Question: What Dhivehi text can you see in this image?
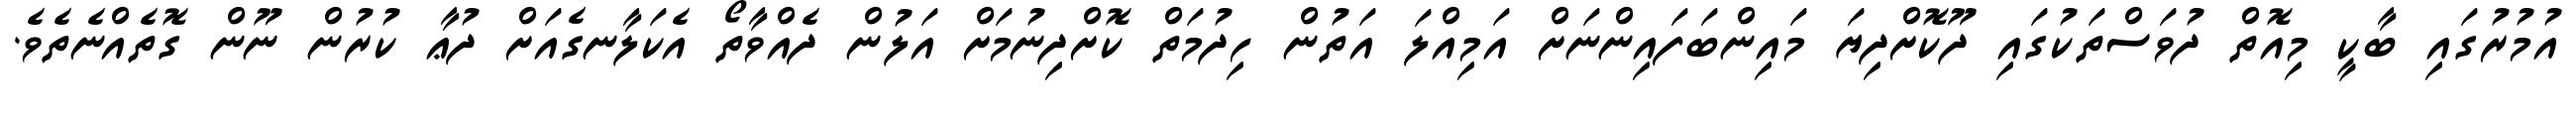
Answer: އުމުރުގައި ބާކީ މިއޮތް ދުވަސްތަކުގައި ދޫކޮށްދިޔަ މައިންބަފައިންނަށް އަމިއްލަ އަތުން ހިދުމަތް ކޮށްދިނުމަށް އަލުން ދެއްވާތޯ އެކަލާނގެއަށް ދުޢާ ކުރުން ނޫން ގޮތެއްނެތެވެ.